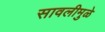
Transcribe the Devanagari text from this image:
सावलीमुळे